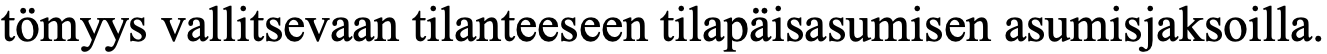
tömyys vallitsevaan tilanteeseen tilapäisasumisen asumisjaksoilla.